Report on the working of the mental hospitals for Indians in Bihar and Orissa - 1925-1929
Year: 1925
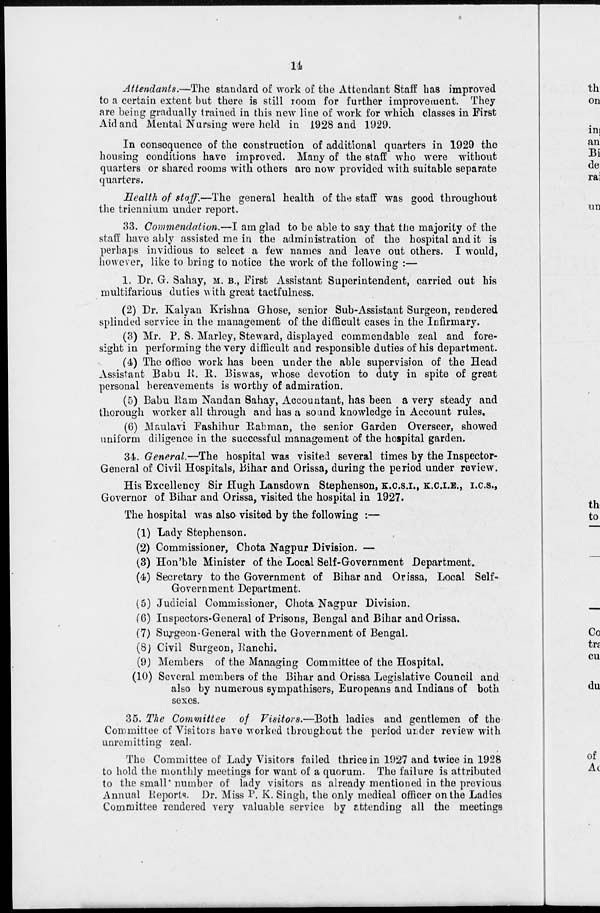
14
Attendants.—The standard of work of the Attendant Staff has improved
to a certain extent but there is still room for further improvement. They
are being gradually trained in this new line of work for which classes in First
Aid and Mental Nursing were held in 1928 and 1929.
In consequence of the construction of additional quarters in 1929 the
housing conditions have improved. Many of the staff who were without
quarters or shared rooms with others are now provided with suitable separate
quarters.
Health of staff.—The general health of the staff was good throughout
the triennium under report.
33. Commendation.—I am glad to be able to say that the majority of the
staff have ably assisted me in the administration of the hospital and it is
perhaps invidious to select a few names and leave out others. I would,
however, like to bring to notice the work of the following :—
1. Dr. G. Sahay, M. B., First Assistant Superintendent, carried out his
multifarious duties with great tactfulness.
(2) Dr. Kalyan Krishna Ghose, senior Sub-Assistant Surgeon, rendered
splinded service in the management of the difficult cases in the Infirmary.
(3) Mr. P. S. Marley, Steward, displayed commendable zeal and fore-
sight in performing the very difficult and responsible duties of his department.
(4) The office work has been under the able supervision of the Head
Assistant Babu R. R. Biswas, whose devotion to duty in spite of great
personal bereavements is worthy of admiration.
(5) Babu Ram Nandan Sahay, Accountant, has been a very steady and
thorough worker all through and has a sound knowledge in Account rules,
(6) Maulavi Fashihur Rahman, the senior Garden Overseer, showed
uniform diligence in the successful management of the hospital garden.
34. General.—The hospital was visited several times by the Inspector-
General of Civil Hospitals, Bihar and Orissa, during the period under review.
His Excellency Sir Hugh Lansdown Stephenson, K.C.S.I., K.C.I.E., I.C.S.,
Governor of Bihar and Orissa, visited the hospital in 1927.
The hospital was also visited by the following :—
(1) Lady Stephenson.
(2) Commissioner, Chota Nagpur Division. —
(3) Hon'ble Minister of the Local Self-Government Department.
(4) Secretary to the Government of Bihar and Orissa, Local Self-
Government Department.
(5) Judicial Commissioner, Chota Nagpur Division.
(6) Inspectors-General of Prisons, Bengal and Bihar and Orissa.
(7) Surgeon-General with the Government of Bengal.
(8) Civil Surgeon, Ranchi.
(9) Members of the Managing Committee of the Hospital.
(10) Several members of the Bihar and Orissa Legislative Council and
also by numerous sympathisers, Europeans and Indians of both
sexes.
35. The Committee of Visitors.—Both ladies and gentlemen of the
Committee of Visitors have worked throughout the period under review with
unremitting zeal.
The Committee of Lady Visitors failed thrice in 1927 and twice in 1928
to hold the monthly meetings for want of a quorum. The failure is attributed
to the small number of lady visitors as already mentioned in the previous
Annual Reports. Dr. Miss P. K. Singh, the only medical officer on the Ladies
Committee rendered very valuable service by attending all the meetings